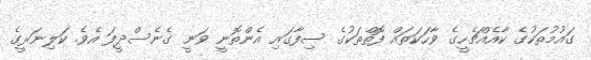
ގައުމުތަކުގެ ކާއެއްޗެހީގެ ވާހަކަތައް ފޮތްތަކުގެ ސިފާގައި އެންތޮނީ ވަނީ ގެނެސްދީފަ އެވެ. ކަލިނަރީގެ